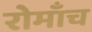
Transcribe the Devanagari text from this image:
रोमाँच